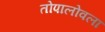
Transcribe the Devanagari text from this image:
तोपालोवला